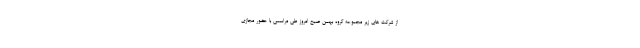
از شرکت های زیر مجموعه گروه بهمن صبح امروز طی مراسمی با حضور مجازی